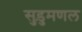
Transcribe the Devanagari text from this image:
सुड़ुमणल